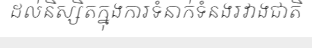
ដល់និស្សិតក្នុងការទំនាក់ទំនងរវាងជាតិ